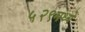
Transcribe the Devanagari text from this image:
५२९मध्ये